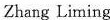
Zhang Liming